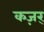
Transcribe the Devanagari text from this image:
कज़र्